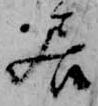
居